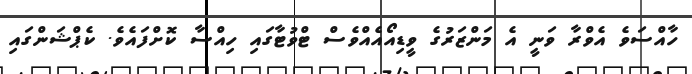
ހާއްސަވެ އެވްރާ ވަނީ އެ މަންޒަރުގެ ވީޑިއޯއެއްވެސް ޓްވުޓާގައި ހިއްސާ ކޮށްފައެވެ. ކެޕްޝަންގައި